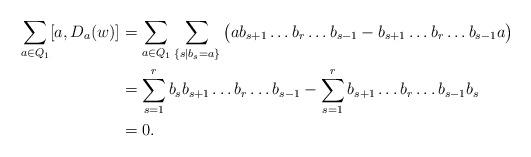
LaTeX: \begin{align*}\sum_{a\in Q_1} [a, D_a(w)]&=\sum_{a\in Q_1}\sum_{\{s|b_s=a\}} \big (ab_{s+1}\ldots b_r\ldots b_{s-1}-b_{s+1}\ldots b_r\ldots b_{s-1}a \big )\\&=\sum_{s=1}^r b_sb_{s+1}\ldots b_r\ldots b_{s-1}-\sum_{s=1}^r b_{s+1}\ldots b_r\ldots b_{s-1} b_s\\&=0.\end{align*}